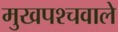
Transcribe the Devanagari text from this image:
मुखपश्चवाले